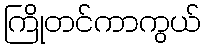
ကြိုတင်ကာကွယ်